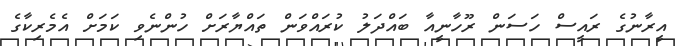
އީރާނުގެ ރައީސް ހަސަން ރޫހާނީއާ ބައްދަލު ކުރައްވަން ތައްޔާރަށް ހުންނެވި ކަމަށް އެމެރިކާގެ